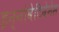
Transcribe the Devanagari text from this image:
इन्नोवेटिवेनेस